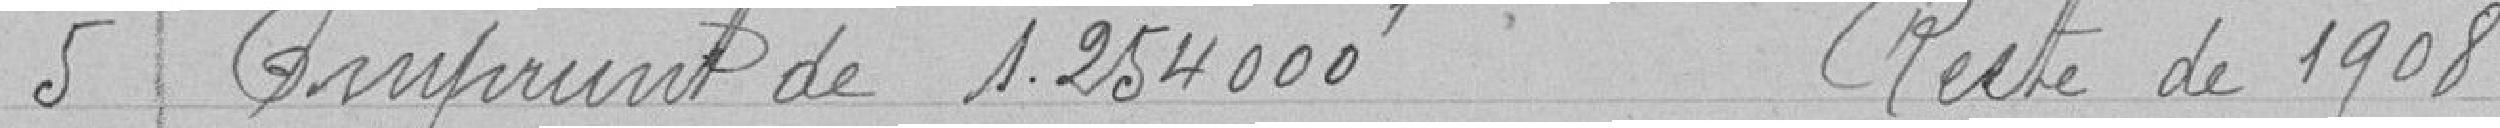
5 Emprunts de 1254000 f Reste de 1908